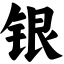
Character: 银